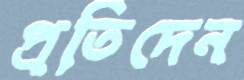
প্রতিদেন